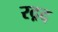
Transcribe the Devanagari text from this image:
रद़द